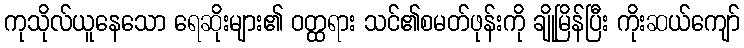
ကုသိုလ်ယူနေသော ရေဆိုးများ၏ ဝတ္ထရား သင်၏စမတ်ဖုန်းကို ချိုမြိန်ပြီး ကိုးဆယ်ကျော်